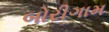
બોરીગામ